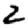
Digit: 2